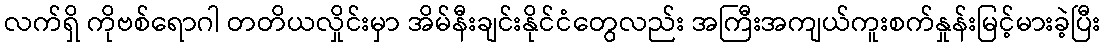
လက်ရှိ ကိုဗစ်ရောဂါ တတိယလှိုင်းမှာ အိမ်နီးချင်းနိုင်ငံတွေလည်း အကြီးအကျယ်ကူးစက်နှုူန်းမြင့်မားခဲ့ပြီး